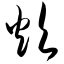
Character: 炊